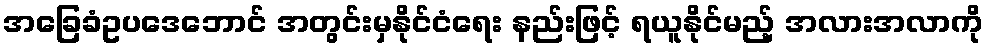
အခြေခံဥပဒေဘောင် အတွင်းမှနိုင်ငံရေး နည်းဖြင့် ရယူနိုင်မည့် အလားအလာကို